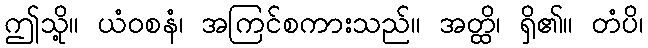
ဤသို့။ ယံဝစနံ၊ အကြင်စကားသည်။ အတ္ထိ၊ ရှိ၏။ တံပိ၊